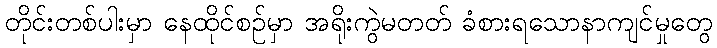
တိုင်းတစ်ပါးမှာ နေထိုင်စဉ်မှာ အရိုးကွဲမတတ် ခံစားရသောနာကျင်မှုတွေ